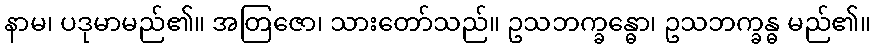
နာမ၊ ပဒုမာမည်၏။ အတြဇော၊ သားတော်သည်။ ဥသဘက္ခန္ဓော၊ ဥသဘက္ခန္ဓ မည်၏။